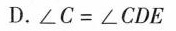
D.$$∠ C = ∠ C D E$$